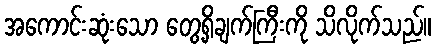
အကောင်းဆုံးသော တွေ့ရှိချက်ကြီးကို သိလိုက်သည်။